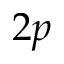
2 p